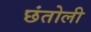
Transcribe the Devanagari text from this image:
छंतोली